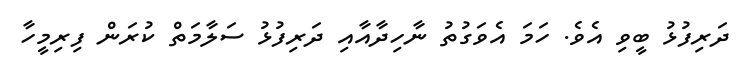
ދަރިފުޅު ބީވި އެވެ. ހަމަ އެވަގުތު ނާހިދާއާއި ދަރިފުޅު ސަލާމަތް ކުރަން ފިރިމީހާ